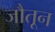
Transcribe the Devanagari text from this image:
जौतून